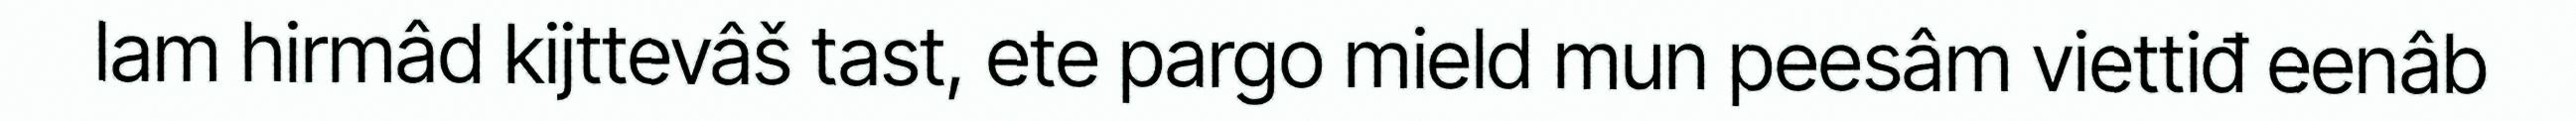
lam hirmâd kijttevâš tast, ete pargo mield mun peesâm viettiđ eenâb